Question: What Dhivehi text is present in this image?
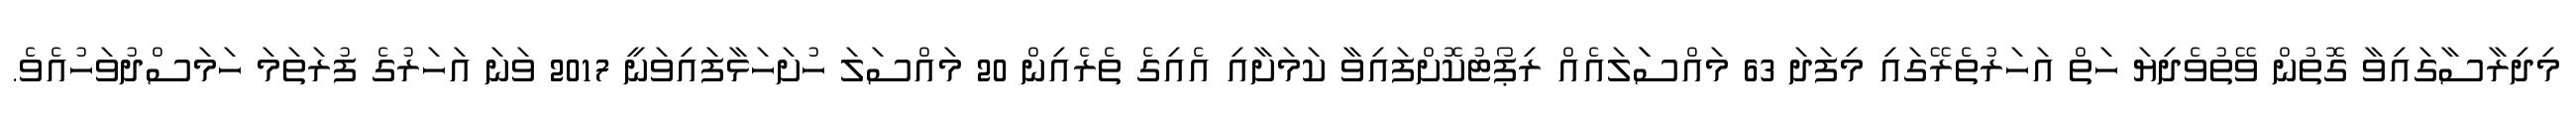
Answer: މިދިރާސާގައިވާ ގޮތުން ވޭތުވެދިޔަ ހަތް އަހަރުތެރޭގައި މިފަދަ 63 މައްސަަލައެއް ރިޕޯޓުކޮށްފައިވާ ކަމަށާއި އެއިގެ ތެރެއިން 20 މައްސަލަ ހުށަހަޅާފައިވަނީ 2017 ވަނަ އަހަރުގެ ފުރަތަމަ ހަމަސްދުވަހުއެވެ.